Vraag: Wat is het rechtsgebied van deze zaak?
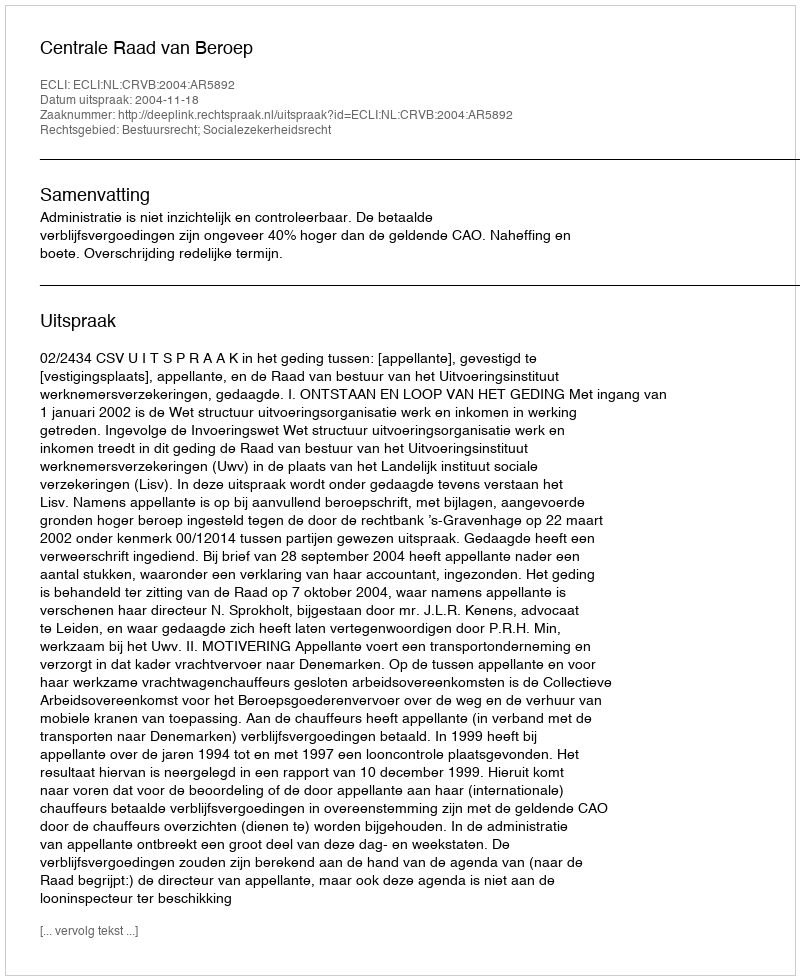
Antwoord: Bestuursrecht; Socialezekerheidsrecht